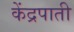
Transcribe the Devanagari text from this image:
केंद्रपाती